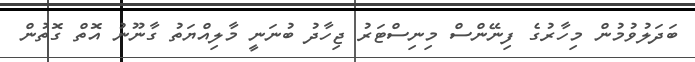
ބަދަލުވުމުން މިހާރުގެ ފިނޭންސް މިނިސްޓަރު ޖިހާދު ބުނަނީ މާލިއްޔަތު ގާނޫނު އޮތް ގޮތުން